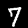
Digit: 7